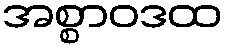
အစ္စာဝဒထ